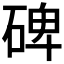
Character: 碑